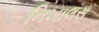
નિખાલસ